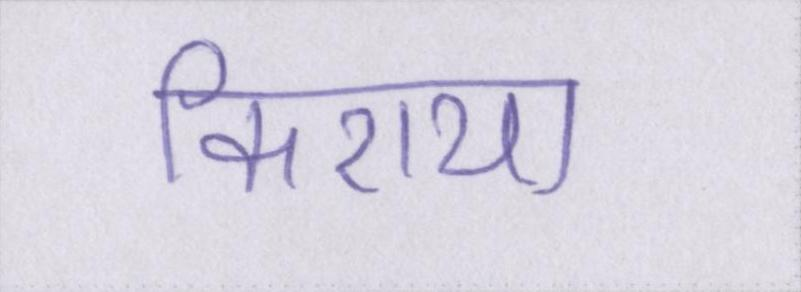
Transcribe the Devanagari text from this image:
किराया